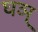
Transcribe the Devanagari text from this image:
घञ्‌